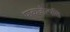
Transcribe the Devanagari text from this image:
पाकजोत्पत्ति